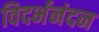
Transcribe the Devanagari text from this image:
विदर्भनंदन